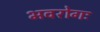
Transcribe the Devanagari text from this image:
भवरोगः